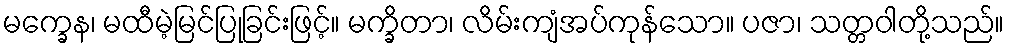
မက္ခေန၊ မထီမဲ့မြင်ပြုခြင်းဖြင့်။ မက္ခိတာ၊ လိမ်းကျံအပ်ကုန်သော။ ပဇာ၊ သတ္တဝါတို့သည်။